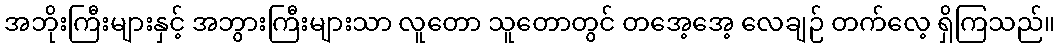
အဘိုးကြီးများနှင့် အဘွားကြီးများသာ လူတော သူတောတွင် တအေ့အေ့ လေချဉ် တက်လေ့ ရှိကြသည်။